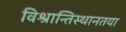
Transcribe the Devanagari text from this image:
विश्रान्तिस्थानतया